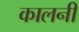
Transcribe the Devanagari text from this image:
कालनी